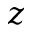
z